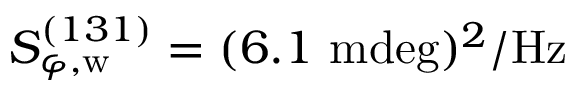
S _ { \varphi , \mathrm { w } } ^ { ( 1 3 1 ) } = ( 6 . 1 ~ \mathrm { m d e g } ) ^ { 2 } / \mathrm { H z }